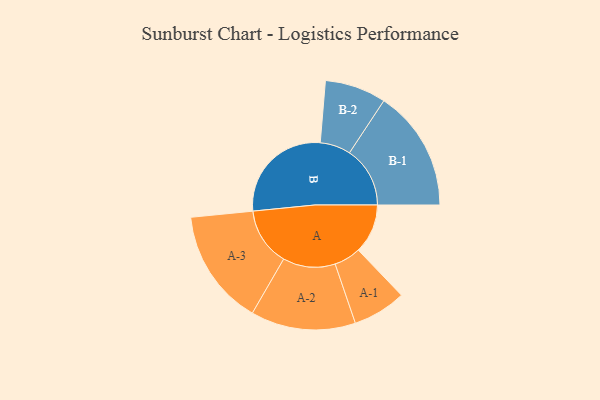
{"axis": {"x": "Segment", "y": "Value"}, "legend": ["", "A", "B"], "data": [{"x": "A", "y": 200, "type": ""}, {"x": "B", "y": 435, "type": ""}, {"x": "A-1", "y": 108, "type": "A"}, {"x": "A-2", "y": 212, "type": "A"}, {"x": "A-3", "y": 235, "type": "A"}, {"x": "B-1", "y": 245, "type": "B"}, {"x": "B-2", "y": 124, "type": "B"}]}